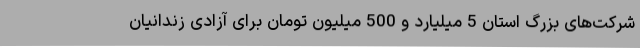
شرکت‌های بزرگ استان 5 میلیارد و 500 میلیون تومان برای آزادی زندانیان